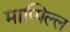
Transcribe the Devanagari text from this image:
माप्पिल्ल